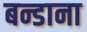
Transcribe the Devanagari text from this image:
बन्डाना